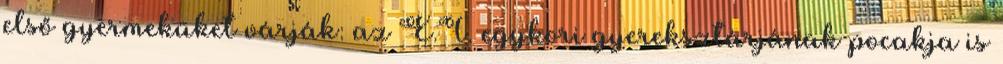
első gyermeküket várják: az E.T. egykori gyereksztárjának pocakja is